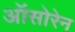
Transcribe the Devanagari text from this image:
ऑसोरेन